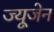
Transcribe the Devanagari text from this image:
ज्यूजेन